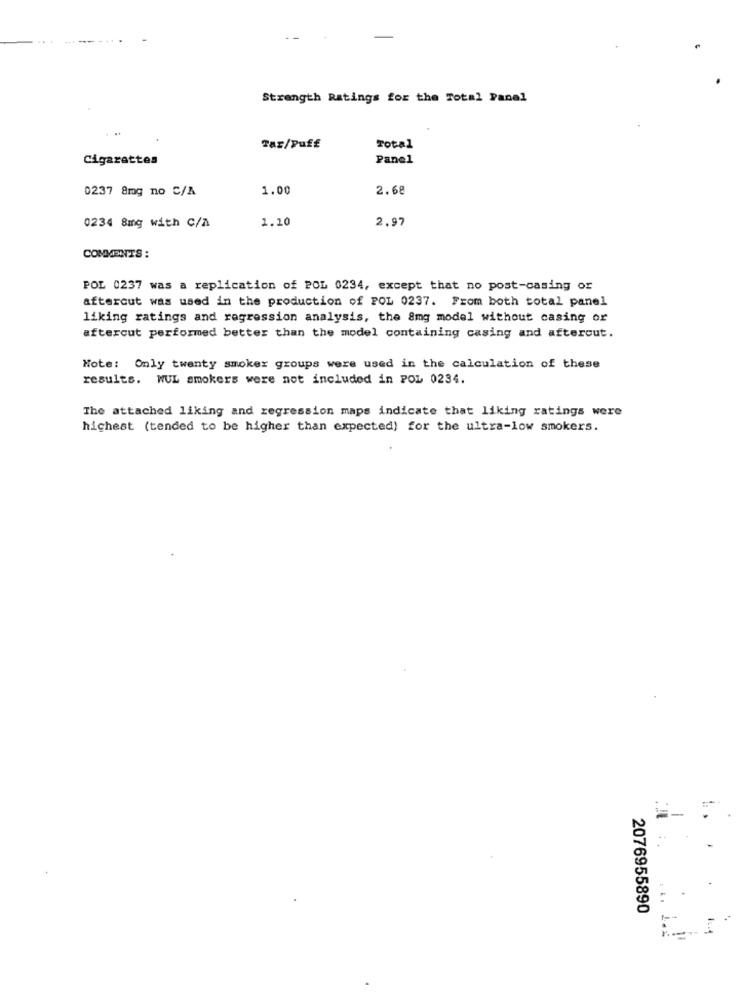
Strength Ratings for the Total Panel
Tar/Puff
Total
Cigarettes
Panel
0237 8mg no C/A
1.00
2.68
1.10
2.97
0234 8mg with C/A
COMMENTS :
POL 0237 was a replication of POL 0234, except that no post-casing or
aftercut was used in the production of POL 0237. From both total panel
liking ratings and regression analysis, the 8mg model without casing or
aftercut performed better than the model containing casing and aftercut.
Note: Only twenty smoker groups were used in the calculation of these
results. WUL smokers were not included in POL 0234.
The attached liking and regression maps indicate that liking ratings were
hichest (tended to be higher than expected) for the ultra-low smokers.
-
2076955890